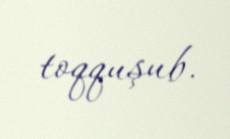
toqquşub.